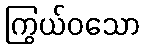
ကြွယ်ဝသော